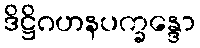
ဒိဋ္ဌိဂဟနပက္ခန္ဒော